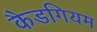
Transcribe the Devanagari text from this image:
कैडगियम